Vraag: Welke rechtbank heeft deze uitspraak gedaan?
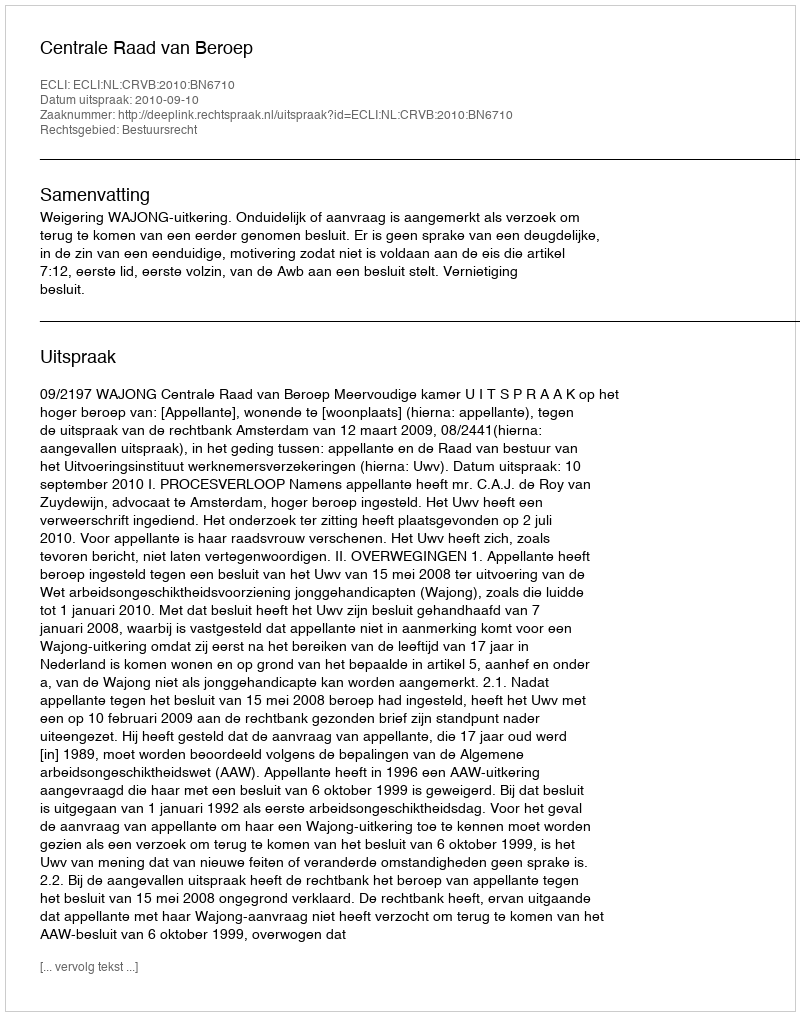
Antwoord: Centrale Raad van Beroep